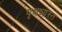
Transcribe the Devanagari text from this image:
पृथन्न्यस्त